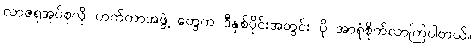
လာဇရုအုပ်စုလို ဟက်ကာအဖွဲ့ တွေက ဒီနှစ်ပိုင်းအတွင်း ပို အာရုံစိုက်လာကြပါတယ်။